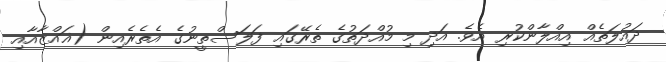
ދައުލަތެއް އިއްލާންކުރި އެވެ. އަދި މި މުއްދަތުގެ ތެރޭގައި ފަލަސްތީނުގެ އެތެރެއިން (ޣައްޒާއާއި